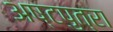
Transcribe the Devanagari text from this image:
अष्टपुत्रा